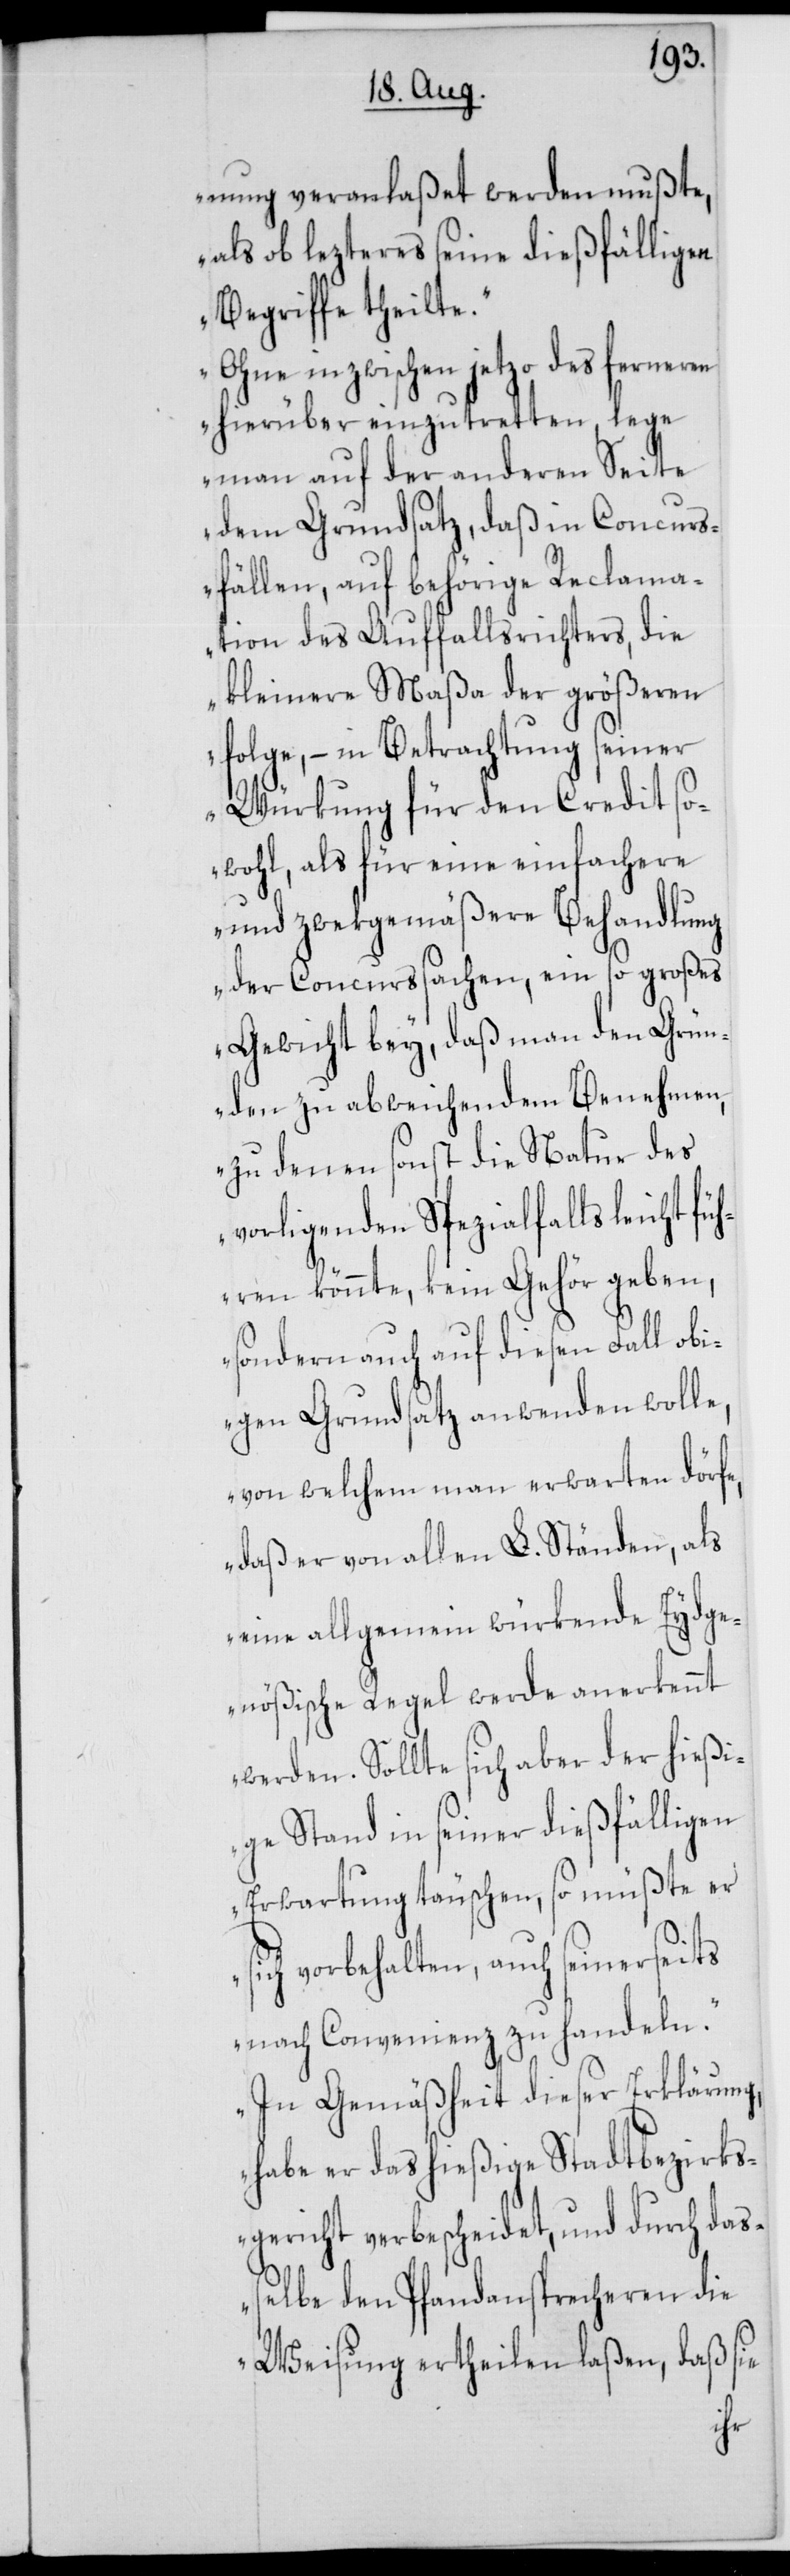
nung veranlaßet werden mußte,
als ob lezteres seine dießfälligen
Begriffe theilte.
Ohne inzwischen jetzo des ferneren
hierüber einzutretten, lege
man auf der anderen Seite
dem Grundsatz, daß in Concurs¬
fällen auf behörige Reclama¬
tion des Auffallsrichters, die
kleinere Maßa der größeren
folge, – in Betrachtung seiner
Würkung für den Credit so¬
wohl, als für eine einfachere
und zwekgemäßere Behandlung
der Concurssachen, ein so großes
Gewicht bey, daß man den Grü¬
nden zu abweichendem Benehmen,
zu denen sonst die Natur des
vorligenden Spezialfalls leicht fü¬
hren könnte, kein Gehör geben,
sondern auch auf diesen Fall obi¬
gen Grundsatz anwenden wolle,
von welchem man erwarten dörfe,
daß er von allen L. Ständen, als
eine allgemein würkende Eydge¬
nößische Regel werde anerkennt
werden. Sollte sich aber der hießi¬
ge Stand in seiner dießfälligen
Erwartung täuschen, so müßte er
ich vorbehalten, auch seinerseits
nach Convenienz zu handeln.
In Gemäßheit dieser Erklärung,
habe er das hießige Stadtbezirks¬
gericht verbescheidet, und durch daß¬
elbe den Pfandansprecheren die
Weisung ertheilen laßen, daß sie
s¬